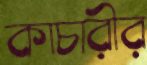
কাচারীর